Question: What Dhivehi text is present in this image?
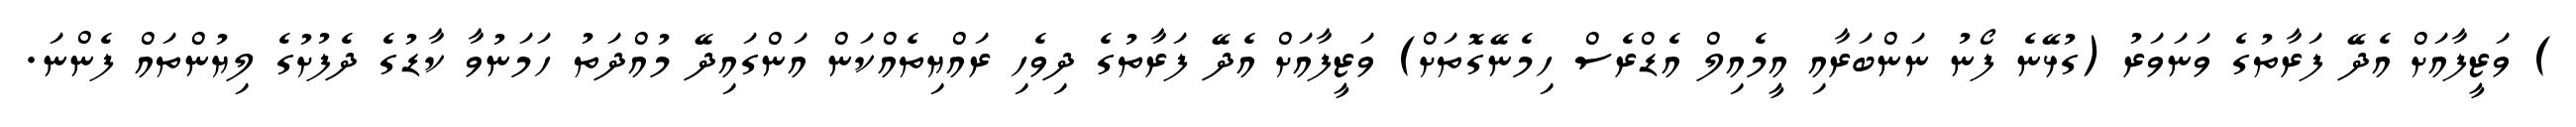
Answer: ) ވަޒީފާއަށް އެދޭ ފަރާތުގެ ވަނަވަރު (ގުޅޭނެ ފޯނު ނަންބަރާއި އީމެއިލް އެޑްރެސް ހިމެނޭގޮތަށް) ވަޒީފާއަށް އެދޭ ފަރާތުގެ ދިވެހި ރައްޔިތެއްކަން އަންގައިދޭ މުއްދަތު ހަމަނުވާ ކާޑުގެ ދެފުށުގެ ލިޔުންތައް ފެންނަ.